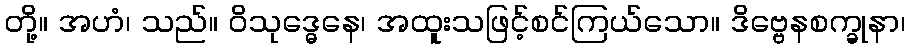
တို့။ အဟံ၊ သည်။ ဝိသုဒ္ဓေနေ၊ အထူးသဖြင့်စင်ကြယ်သော။ ဒိဗ္ဗေနစက္ခုနာ၊